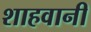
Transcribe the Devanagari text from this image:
शाहवानी